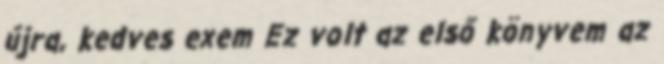
​újra, kedves exem Ez volt az első könyvem az